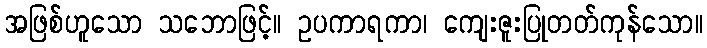
အဖြစ်ဟူသော သဘောဖြင့်။ ဥပကာရကာ၊ ကျေးဇူးပြုတတ်ကုန်သော။